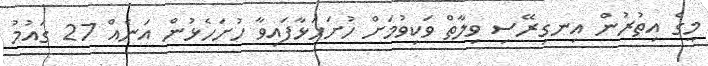
މީގެ އިތުރުން އިނގިރޭސި ވިލާތް ވަކިވުމަށް ހުށަހަޅާފައިވާ ހުށަހެޅުން އަނެއް 27 ގައުމު